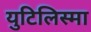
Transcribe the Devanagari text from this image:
युटिलिस्मा